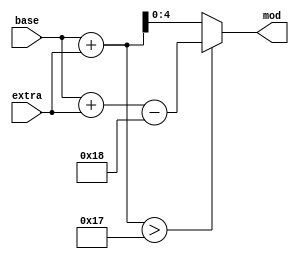
`timescale 1ns / 1ps

module jt12_mod24(
	input	[4:0] base,
	input	[3:0] extra,
	output  [4:0] mod
);

wire [5:0]  sum = base+extra;
wire [4:0] wrap = base+extra-5'd24;

assign mod = sum > 6'd23 ? wrap : sum[4:0];

endmodule